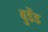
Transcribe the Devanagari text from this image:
वुडेंड